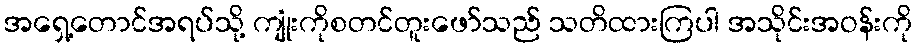
အရှေ့တောင်အရပ်သို့ ကျုံးကိုစတင်တူးဖော်သည် သတိထားကြပါ အသိုင်းအဝန်းကို